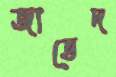
জাভেদ